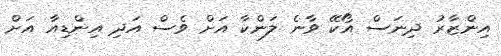
އިންޒާރު ދިނަސް އޯކޭ ވާނެ ލަންކާ އަށް ވެސް އަދި އިންޑިއާ އަށް